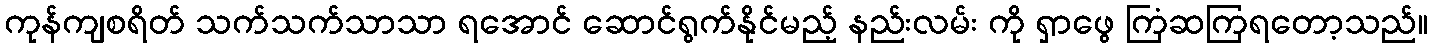
ကုန်ကျစရိတ် သက်သက်သာသာ ရအောင် ဆောင်ရွက်နိုင်မည့် နည်းလမ်း ကို ရှာဖွေ ကြံဆကြရတော့သည်။